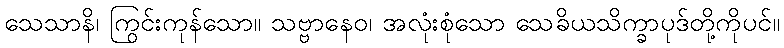
သေသာနိ၊ ကြွင်းကုန်သော။ သဗ္ဗာနေဝ၊ အလုံးစုံသော သေခိယသိက္ခာပုဒ်တို့ကိုပင်။